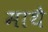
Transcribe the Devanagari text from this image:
माथै